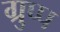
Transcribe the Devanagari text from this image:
ग्रुप्प